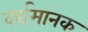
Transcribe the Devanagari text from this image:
वर्द्यमानक